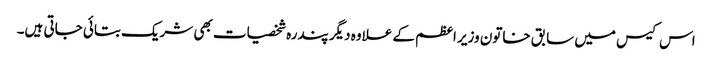
اس کیس میں سابق خاتون وزیر اعظم کے علاوہ دیگر پندرہ شخصیات بھی شریک بتائی جاتی ہیں۔